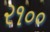
૨૧૦૦